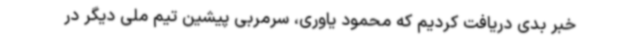
خبر بدی دریافت کردیم که محمود یاوری، سرمربی پیشین تیم ملی دیگر در